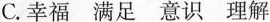
C. 幸福 满足 意识 理解